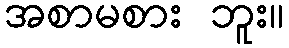
အစာမစား ဘူး။